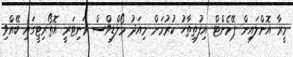
މީރާ އޮންލައިން ޕޭމެންޓް އިފުތިތާހު ކުުރުމަށް މިއަދު މޯލްޑިވްސް މަނިޓަރީ އޮތޯރިޓީގައި ބޭއްވި